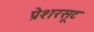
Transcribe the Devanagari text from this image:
प्रेशरसूट